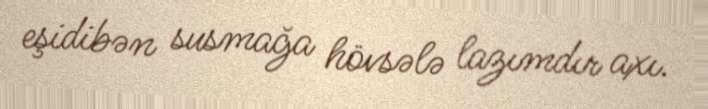
eşidibən susmağa hövsələ lazımdır axı.